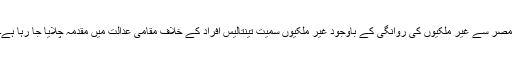
مصر سے غیر ملکیوں کی روانگی کے باوجود غیر ملکیوں سمیت تینتالیس افراد کے خلاف مقامی عدالت میں مقدمہ چلایا جا رہا ہے۔